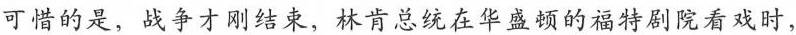
可惜的是，战争才刚结束，林肯总统在华盛顿的福特剧院看戏时，